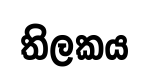
තිලකය